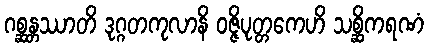
ဂစ္ဆန္တဿာတိ ဒုဂ္ဂတကုလာနိ ဝဇ္ဇိပုတ္တကေဟိ သစ္ဆိကရဏံ